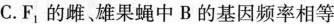
C. F_{1}的雌、雄果蝇中B的基因频率相等